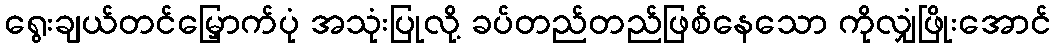
ရွေးချယ်တင်မြှောက်ပုံ အသုံးပြုလို့ ခပ်တည်တည်ဖြစ်နေသော ကိုလျှံဖြိုးအောင်